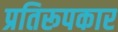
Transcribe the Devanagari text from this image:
प्रतिरूपकार